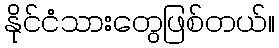
နိုင်ငံသားတွေဖြစ်တယ်။